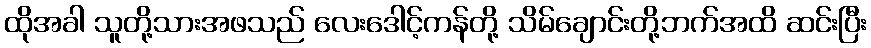
ထိုအခါ သူတို့သားအဖသည် လေးဒေါင့်ကန်တို့ သိမ်ချောင်းတို့ဘက်အထိ ဆင်းပြီး